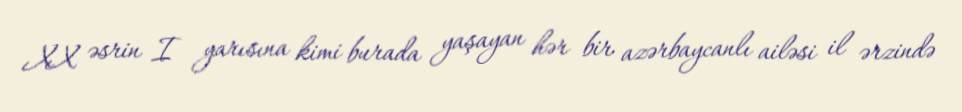
XX əsrin I yarısına kimi burada yaşayan hər bir azərbaycanlı ailəsi il ərzində